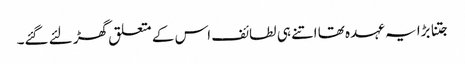
جتنا بڑا یہ عہدہ تھا اتنے ہی لطائف اس کے متعلق گھڑ لئے گئے۔